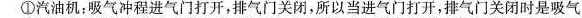
①汽油机：吸气冲程进气门打开，排气门关闭，所以当进气门打开，排气门关闭时是吸气